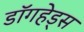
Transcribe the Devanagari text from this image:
डॉगहेड्स